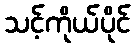
သင့်ကိုယ်ပိုင်